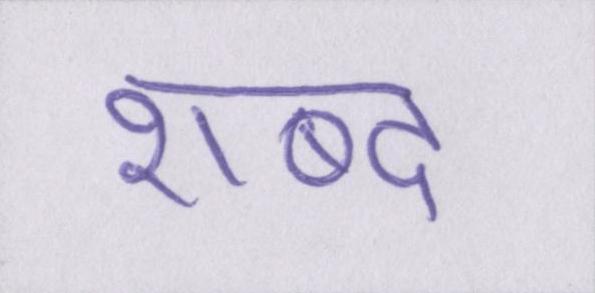
शब्द